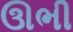
ઊભી